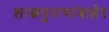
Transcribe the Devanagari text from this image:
शास्त्रपुराणांबाहेर